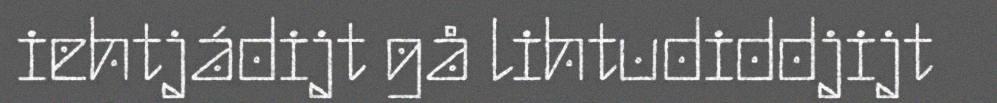
iehtjádijt gå lihtudiddjijt